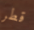
قطر